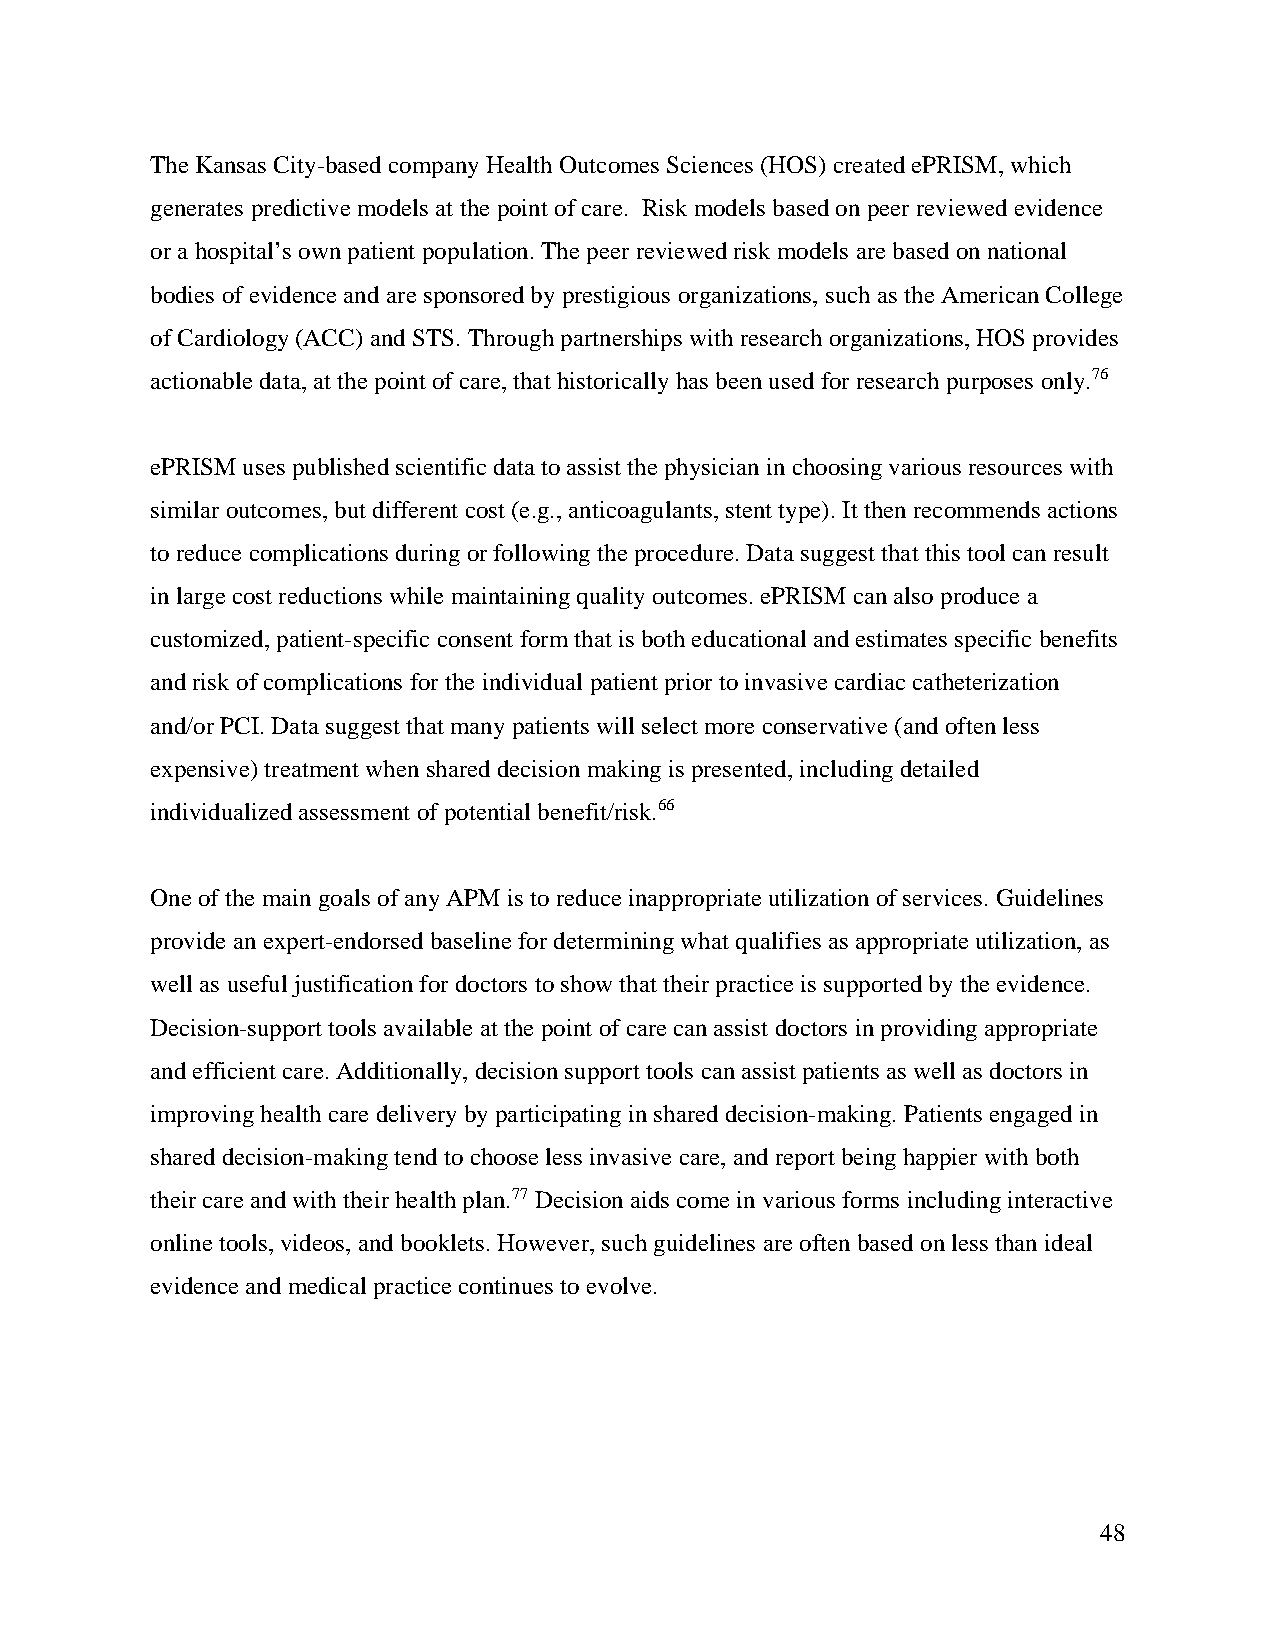
The Kansas City-based company Health Outcomes Sciences (HOS) created ePRISM, which
 generates predictive models at the point of care. Risk models based on peer reviewed evidence
 or a hospital’s own patient population. The peer reviewed risk models are based on national
 bodies of evidence and are sponsored by prestigious organizations, such as the American College
 of Cardiology (ACC) and STS. Through partnerships with research organizations, HOS provides
 actionable data, at the point of care, that historically has been used for research purposes only.76
 ePRISM uses published scientific data to assist the physician in choosing various resources with
 similar outcomes, but different cost (e.g., anticoagulants, stent type). It then recommends actions
 to reduce complications during or following the procedure. Data suggest that this tool can result
 in large cost reductions while maintaining quality outcomes. ePRISM can also produce a
 customized, patient-specific consent form that is both educational and estimates specific benefits
 and risk of complications for the individual patient prior to invasive cardiac catheterization
 and/or PCI. Data suggest that many patients will select more conservative (and often less
 expensive) treatment when shared decision making is presented, including detailed
 individualized assessment of potential benefit/risk.66
 One of the main goals of any APM is to reduce inappropriate utilization of services. Guidelines
 provide an expert-endorsed baseline for determining what qualifies as appropriate utilization, as
 well as useful justification for doctors to show that their practice is supported by the evidence.
 Decision-support tools available at the point of care can assist doctors in providing appropriate
 and efficient care. Additionally, decision support tools can assist patients as well as doctors in
 improving health care delivery by participating in shared decision-making. Patients engaged in
 shared decision-making tend to choose less invasive care, and report being happier with both
 their care and with their health plan.77 Decision aids come in various forms including interactive
 online tools, videos, and booklets. However, such guidelines are often based on less than ideal
 evidence and medical practice continues to evolve.
 48